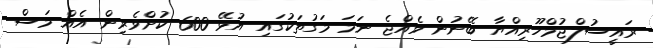
ރައީސުލްޖުމްހޫރިއްޔާ ބޭނުން ވެއްޖެ ނަމަ މަގުތަކުގައި އުޅޭ 600 ކުށްވެރިން އެއް މަސް